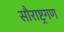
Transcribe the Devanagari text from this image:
सौराष्ट्रगण